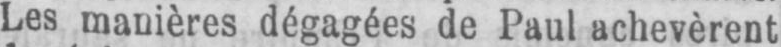
Les manières dégagées de Paul achevèrent